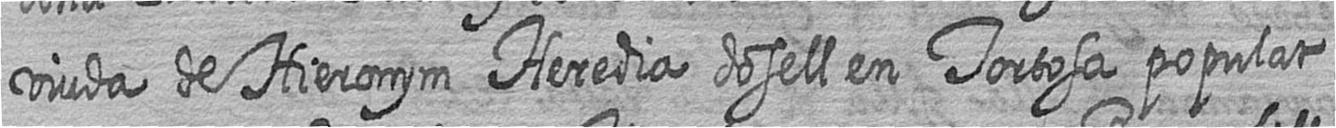
viuda de Hieronym Heredia dosell en Tortosa populat